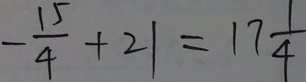
- \frac { 1 5 } { 4 } + 2 1 = 1 7 \frac { 1 } { 4 }